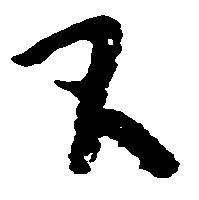
間